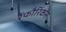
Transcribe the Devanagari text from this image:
रैंफौरिंकस